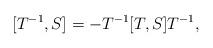
LaTeX: \begin{align*}[T^{-1},S]=-T^{-1}[T,S]T^{-1},\end{align*}